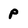
Character: p